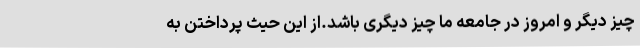
چیز دیگر و امروز در جامعه ما چیز دیگری باشد.از این حیث پرداختن به